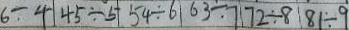
6 \div 4 4 5 \div 5 5 4 \div 6 6 3 \div 7 7 2 \div 8 8 1 \div 9